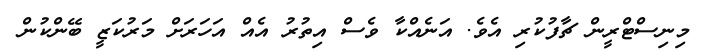
މިނިސްޓްރީން ޗާފުކުރި އެވެ. އަނެއްކާ ވެސް އިތުރު އެއް އަހަރަށް މަރުކަޒީ ބޭންކުން